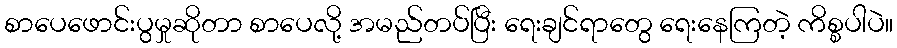
စာပေဖောင်းပွမှုဆိုတာ စာပေလို့ အမည်တပ်ပြီး ရေးချင်ရာတွေ ရေးနေကြတဲ့ ကိစ္စပါပဲ။